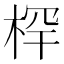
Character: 𰗯